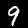
Digit: 9